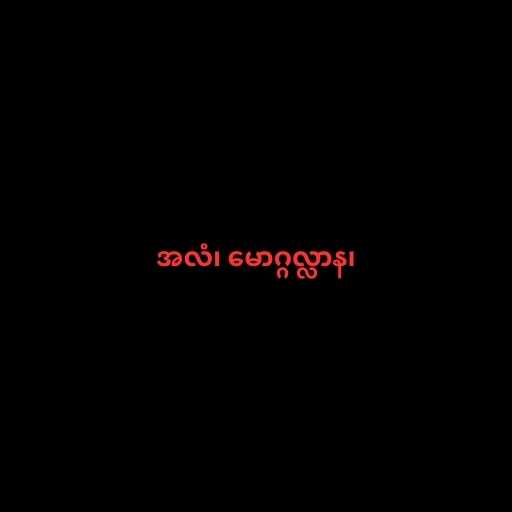
အလံ၊ မောဂ္ဂလ္လာန၊